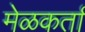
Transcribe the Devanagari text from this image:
मेळकर्ता